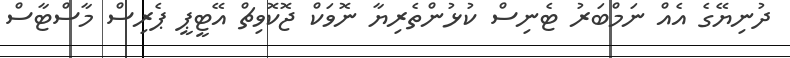
ދުނިޔޭގެ އެއް ނަމްބަރު ޓެނިސް ކުޅުންތެރިޔާ ނޮވަކް ޖޮކޮވިޗް އޭޓީޕީ ޕެރިސް މާސްޓާސް